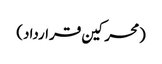
(محرکین قرارداد)